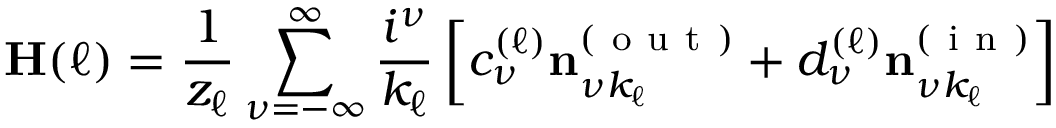
\mathbf { H } ( \ell ) = \frac { 1 } { z _ { \ell } } \sum _ { \nu = - \infty } ^ { \infty } \frac { i ^ { \nu } } { k _ { \ell } } \left[ c _ { \nu } ^ { ( \ell ) } \mathbf { n } _ { \nu k _ { \ell } } ^ { ( \mathrm { ~ o ~ u ~ t ~ } ) } + d _ { \nu } ^ { ( \ell ) } \mathbf { n } _ { \nu k _ { \ell } } ^ { ( \mathrm { ~ i ~ n ~ } ) } \right]